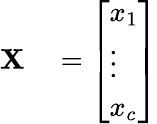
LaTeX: \begin{array}{rl}{\mathbf{X}}&{{}=\left[\begin{array}{l}{x_{1}}\\ {\vdots}\\ {x_{c}}\end{array}\right]}\end{array}